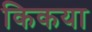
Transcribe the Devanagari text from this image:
किकया